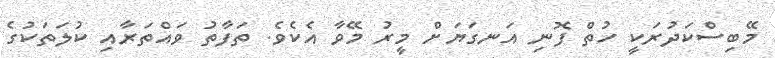
މޭބިސްކަދުރަކީ ހުތް ފޮނި އަނގަޔަށް މީރު މޭވާ އެކެވެ. ތަފާތު ވައްތަރާއި ކުލަތަކުގެ